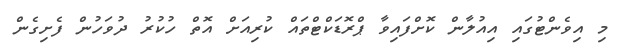
މި އިވެންޓުގައި އިއުލާން ކޮށްފައިވާ ޕްރޮޑަކްޓްތައް ކުރިއަށް އޮތް ހުކުރު ދުވަހުން ފެށިގެން